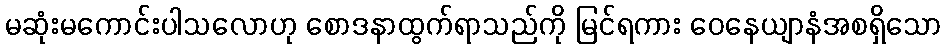
မဆုံးမကောင်းပါသလောဟု စောဒနာထွက်ရာသည်ကို မြင်ရကား ဝေနေယျာနံအစရှိသော